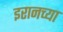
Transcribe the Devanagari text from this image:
इरानच्या